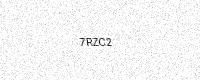
Text: 7RZC2